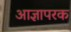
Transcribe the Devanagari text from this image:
आज्ञापरक